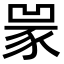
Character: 𧱃